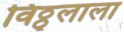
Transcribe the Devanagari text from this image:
विठ्ठ्लाला